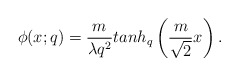
\begin{align*}\phi (x;q) = \frac{m}{\lambda q^2}tanh_q\left(\frac{m}{\sqrt 2}x\right).\end{align*}